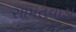
સામતવાડા